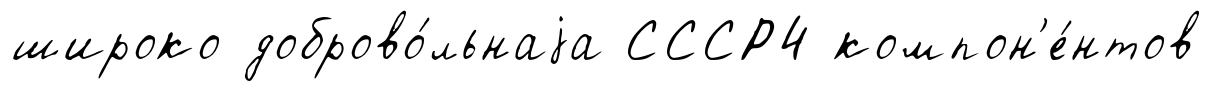
широко доброво́льнаjа СССР4 компон'е́нтов